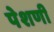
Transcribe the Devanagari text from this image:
पेशणी